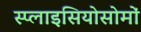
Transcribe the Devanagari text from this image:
स्प्लाइसियोसोमों